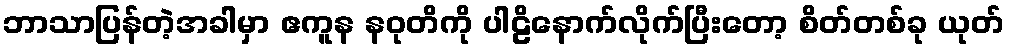
ဘာသာပြန်တဲ့အခါမှာ ဧကူန နဝုတိကို ပါဠိနောက်လိုက်ပြီးတော့ စိတ်တစ်ခု ယုတ်